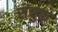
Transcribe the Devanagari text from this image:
संयुक्त़